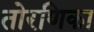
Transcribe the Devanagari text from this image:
तोरणिका